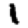
Digit: 1